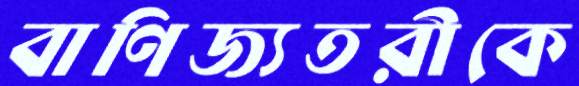
বাণিজ্যতরীকে